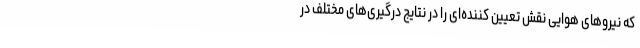
که نیروهای هوایی نقش تعیین کننده‌ای را در نتایج درگیری‌های مختلف در